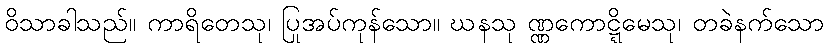
ဝိသာခါသည်။ ကာရိတေသု၊ ပြုအပ်ကုန်သော။ ဃနသု ဏ္ဏကောဋ္ဋိမေသု၊ တခဲနက်သော